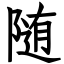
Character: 随